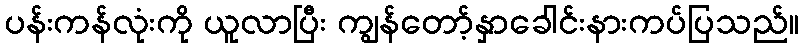
ပန်းကန်လုံးကို ယူလာပြီး ကျွန်တော့်နှာခေါင်းနားကပ်ပြသည်။